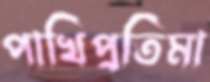
পাখিপ্রতিমা